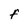
Character: F